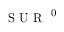
\mathrm { ~ S ~ U ~ R ~ } ^ { \mathrm { ~ 0 ~ } }